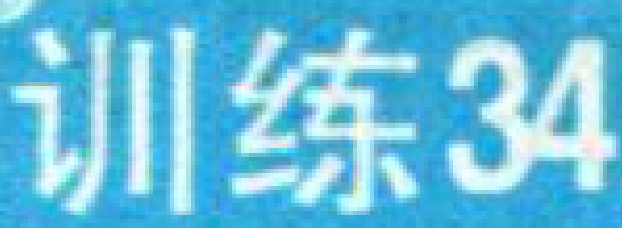
训练34